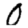
Digit: 0